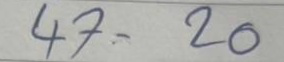
47 = 20